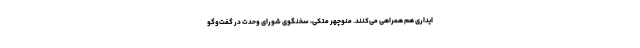
ایداری هم همراهی می‌کنند. منوچهر متکی، سخنگوی شورای وحدت در گفت‌وگو